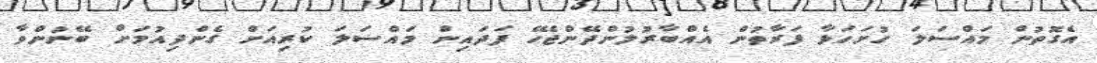
އެގޮތުން މައްސަލަ ހުށަހަޅާ ފަރާތުން އެއްބާރުލުންދޭންޖެހޭ ފަދައިން މައްސަލަ ކުރިއަށް ގެންދިއުމަށް ބޭނުންވާ